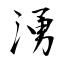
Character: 湧